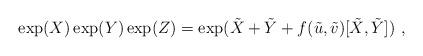
LaTeX: \begin{align*}\exp(X) \exp(Y) \exp(Z)= \exp({\tilde X+\tilde Y+f(\tilde u,\tilde v)[\tilde X,\tilde Y]}) \ ,\end{align*}